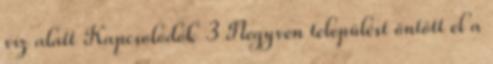
víz alatt Kapcsolódók 3 Negyven települést öntött el a